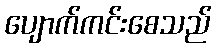
ပျောက်ကင်းစေသည်